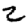
Digit: 2